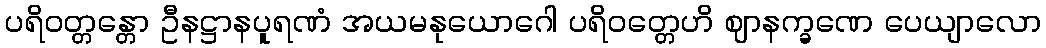
ပရိဝတ္တန္တော ဦနဋ္ဌာနပူရဏံ အယမနုယောဂေါ ပရိဝတ္တေဟိ ဈာနက္ခဏေ ပေယျာလော